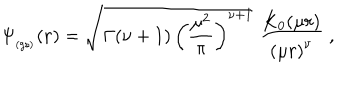
\Psi _ { _ \mathrm { ( g s ) } } ( { \bf r } ) = \sqrt { \Gamma ( \nu + 1 ) \, \left( \frac { \mu ^ { 2 } } { \pi } \right) ^ { \nu + 1 } } \; \frac { K _ { 0 } ( \mu r ) } { \left( \mu r \right) ^ { \nu } } \; ,